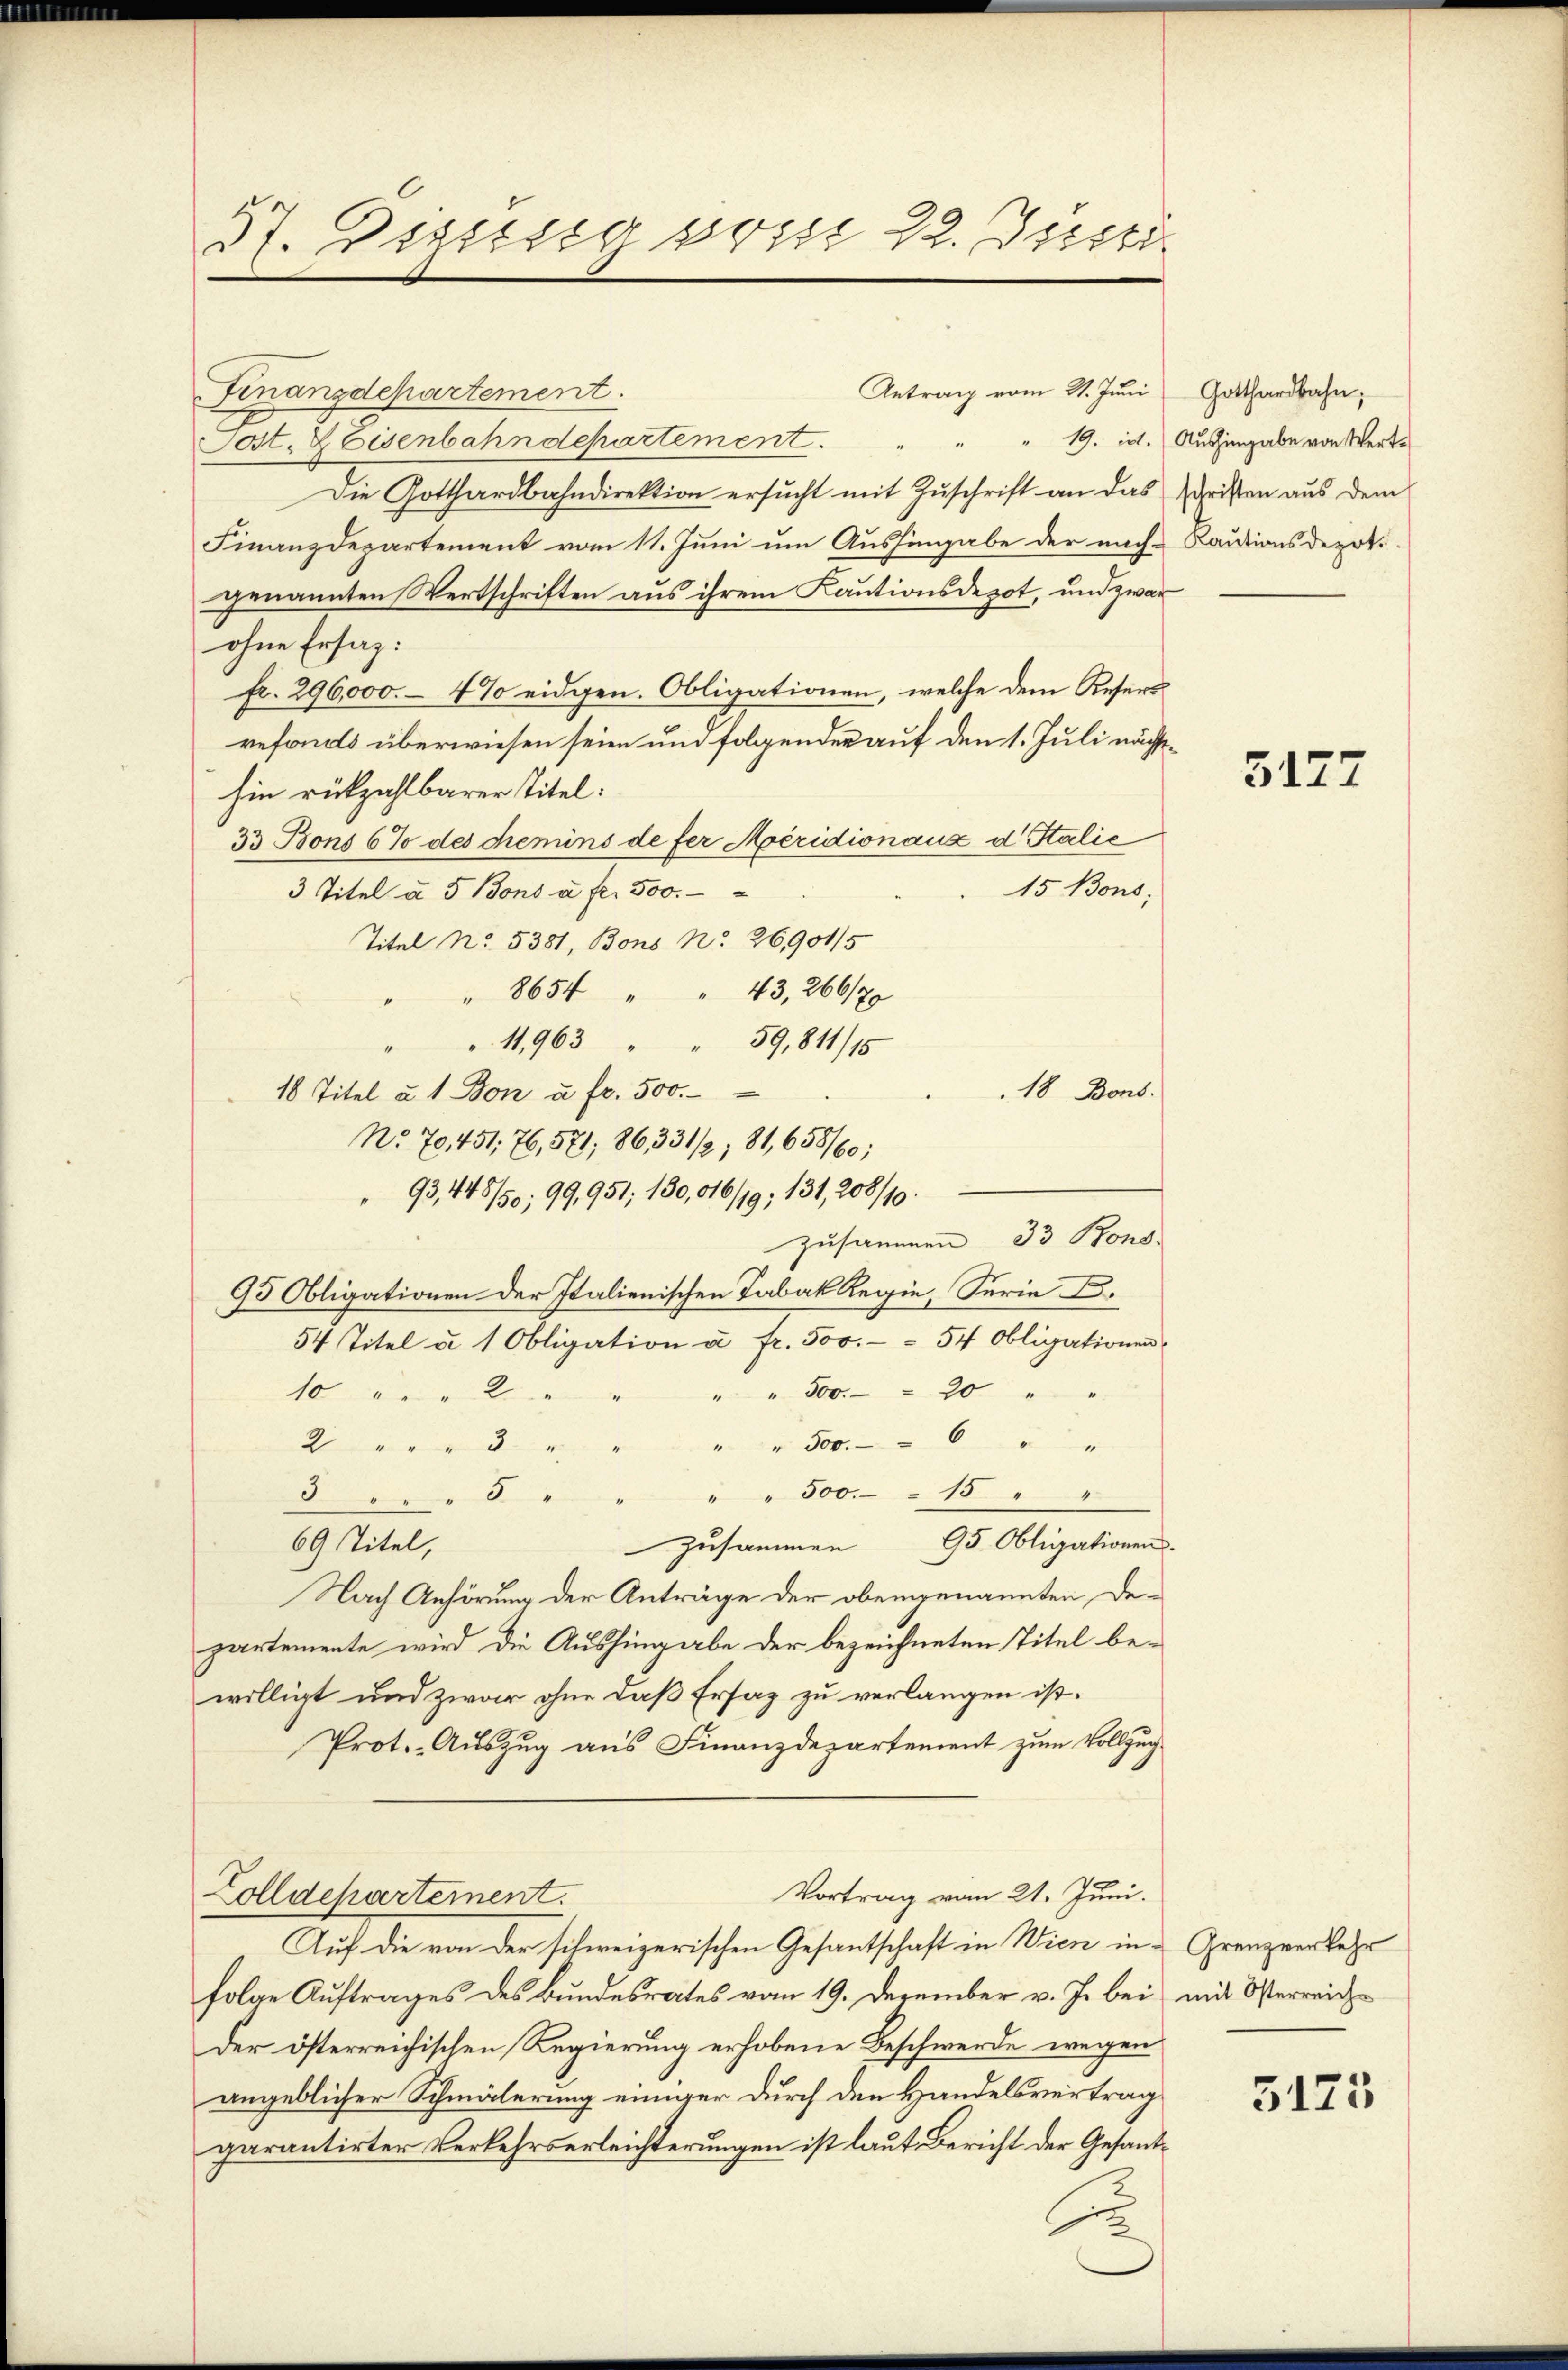
37. Diesig seit 22. Jucti

Finanzdepartement.
Jost & Eisenbahndepartement.
.
Die Gotthardbahndirektion ersucht mit Zuschrift an das Schristen aus dem
Finanzdepartement vom 11. Juni um Aushingabe der nach Kautionsdepoti-
genannten Wertschriften aus ihrem Kautionsdepot, und zwar
ohne Ersaz:
fr. 296,000.- 4% eidgen. Obligationen, welche dem Resers
refonds überwiesen seien und folgender auf den 1. Juli nächsthin rückzahlbarer Titel:
33 Bons 6% des chemins de fer Meridionanz d Italie
15 Bons;
3 Titel à 5 Bons à fr. 500.
Titel No 5381, Bons No. 26901/5
8654 " " 43, 266/70
"11,963 " " 59,811/15
18 Titel u. 1 Bon u. fr. 500.
No. 70. 451, 76,571, 86, 331/2; 81,658/60;
93,445/50; 99,951; 130,016/19; 131, 208/10.
zusammen 33 Rond.
95 Obligationen der Italienischen Tabak Regie, Serie B.
54 Titel u. 1 Obligation u. fr. 500. - - 54 Obligationen,
" " 300. - 20 " "
10 " " 2
2 " " " " " " " " 500. - 6 " "
" " 500. 15 " "
5 " " " 8 "
zusammen 95 Obligationen.
69 Titel,
Nach Anhörung der Anträge der obengenannten Departemente wird die Aushingabe der bezeichneten Titel bewilligt und zwar ohne daß Ersaz zu verlangen ist.
Prot. Auszug aus Finanzdepartement zum Vollzug
Vortrag vom 21. Juni.
Colldepartement.
Auf die von der schweizerischen Gesantschaft in Wien infolge Auftrages des Bundesrates vom 19. Dezember v. J. bei mit Osterreichder österreichischen Regierung erhobene Beschwerde wegen
angeblicher Schmälerung einiger durch den Handelsvertrag
garantirter Verkehrserleichterungen ist laut Bericht der Gesand¬

Antrag vom 31. Juni

18 Bons.

Gotthardbahn;
19. ist. Aushingabe von Wert¬

5177

Grenzverkehr

5173